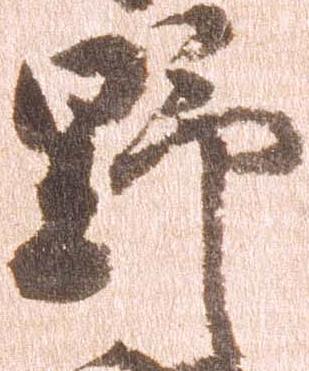
野